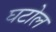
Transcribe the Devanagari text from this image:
घटोल